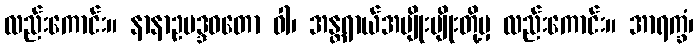
လည်းကောင်း။ နာနာဥပဒ္ဒဝတော ဝါ၊ အန္တရာယ်အမျိုးမျိုးတို့မှ လည်းကောင်း။ အာရက္ခံ၊